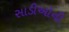
સાડીઓની